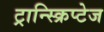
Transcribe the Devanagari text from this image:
ट्रान्स्क्रिप्टेज